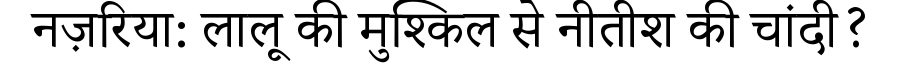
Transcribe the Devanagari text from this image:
नज़रिया: लालू की मुश्किल से नीतीश की चांदी?